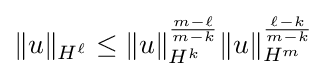
\|u\|_{H^{\ell }}\leq \|u\|_{H^{k}}^{\frac {m-\ell }{m-k}}\|u\|_{H^{m}}^{\frac {\ell -k}{m-k}}